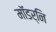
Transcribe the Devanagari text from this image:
मॉडर्नि